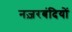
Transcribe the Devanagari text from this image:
नज़रबंदियों